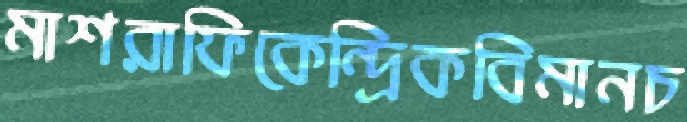
মাশরাফিকেন্দ্রিকবিমানচ